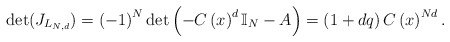
\begin{align*}\det(J_{L_{N,d}})=\left( -1\right) ^{N}\det\left( -C\left( x\right)^{d}\mathbb{I}_{N}-A\right) =\left( 1+dq\right) C\left( x\right) ^{Nd}.\end{align*}